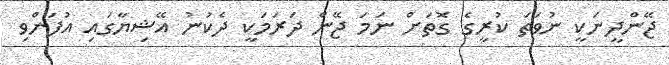
ޖޭންދީނަކީ ނުވަތަ ކުރީގެ ގޮތަށް ނަމަ ޖޭން ދަރަމަކީ ދެކުނު އޭޝިޔާގައި އުފަންވި